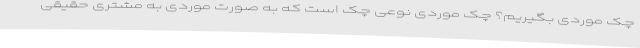
چک موردی بگیریم؟ چک موردی نوعی چک است که به صورت موردی به مشتری حقیقی